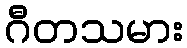
ဂီတသမား